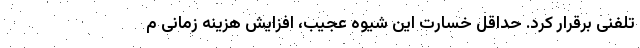
تلفنی برقرار کرد. حداقل خسارت این شیوه عجیب، افزایش هزینه زمانی م